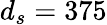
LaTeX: d_{s}=375